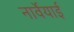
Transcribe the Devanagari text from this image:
नार्वेयाई